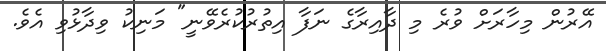
އޭރުން މިހާރަށް ވުރެ މި ދާއިރާގެ ނަފާ އިތުރުކުރެވޭނީ" މަނިކު ވިދާޅުވި އެވެ.